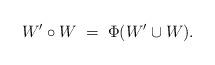
LaTeX: \begin{align*} W'\circ W \; = \; \Phi(W'\cup W).\end{align*}